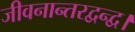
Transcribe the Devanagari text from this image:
जीवनान्तरद्वन्द्व।